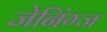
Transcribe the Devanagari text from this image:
जेनिंग्ज